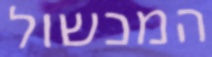
המכשול